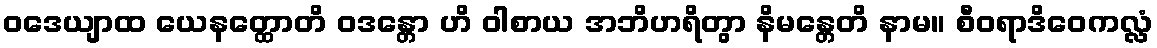
ဝဒေယျာထ ယေနတ္ထောတိ ဝဒန္တော ဟိ ဝါစာယ အဘိဟရိတွာ နိမန္တေတိ နာမ။ စီဝရာဒိဝေကလ္လံ